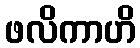
ဖလိကာဟိ